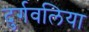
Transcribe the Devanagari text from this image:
दुर्गवलिया